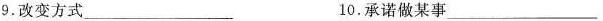
9.改变方式___ 10.承诺做某事___